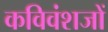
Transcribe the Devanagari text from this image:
कविवंशजों